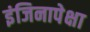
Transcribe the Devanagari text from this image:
इंजिनापेक्षा